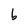
Character: b